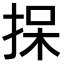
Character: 𪭷